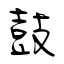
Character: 鼓